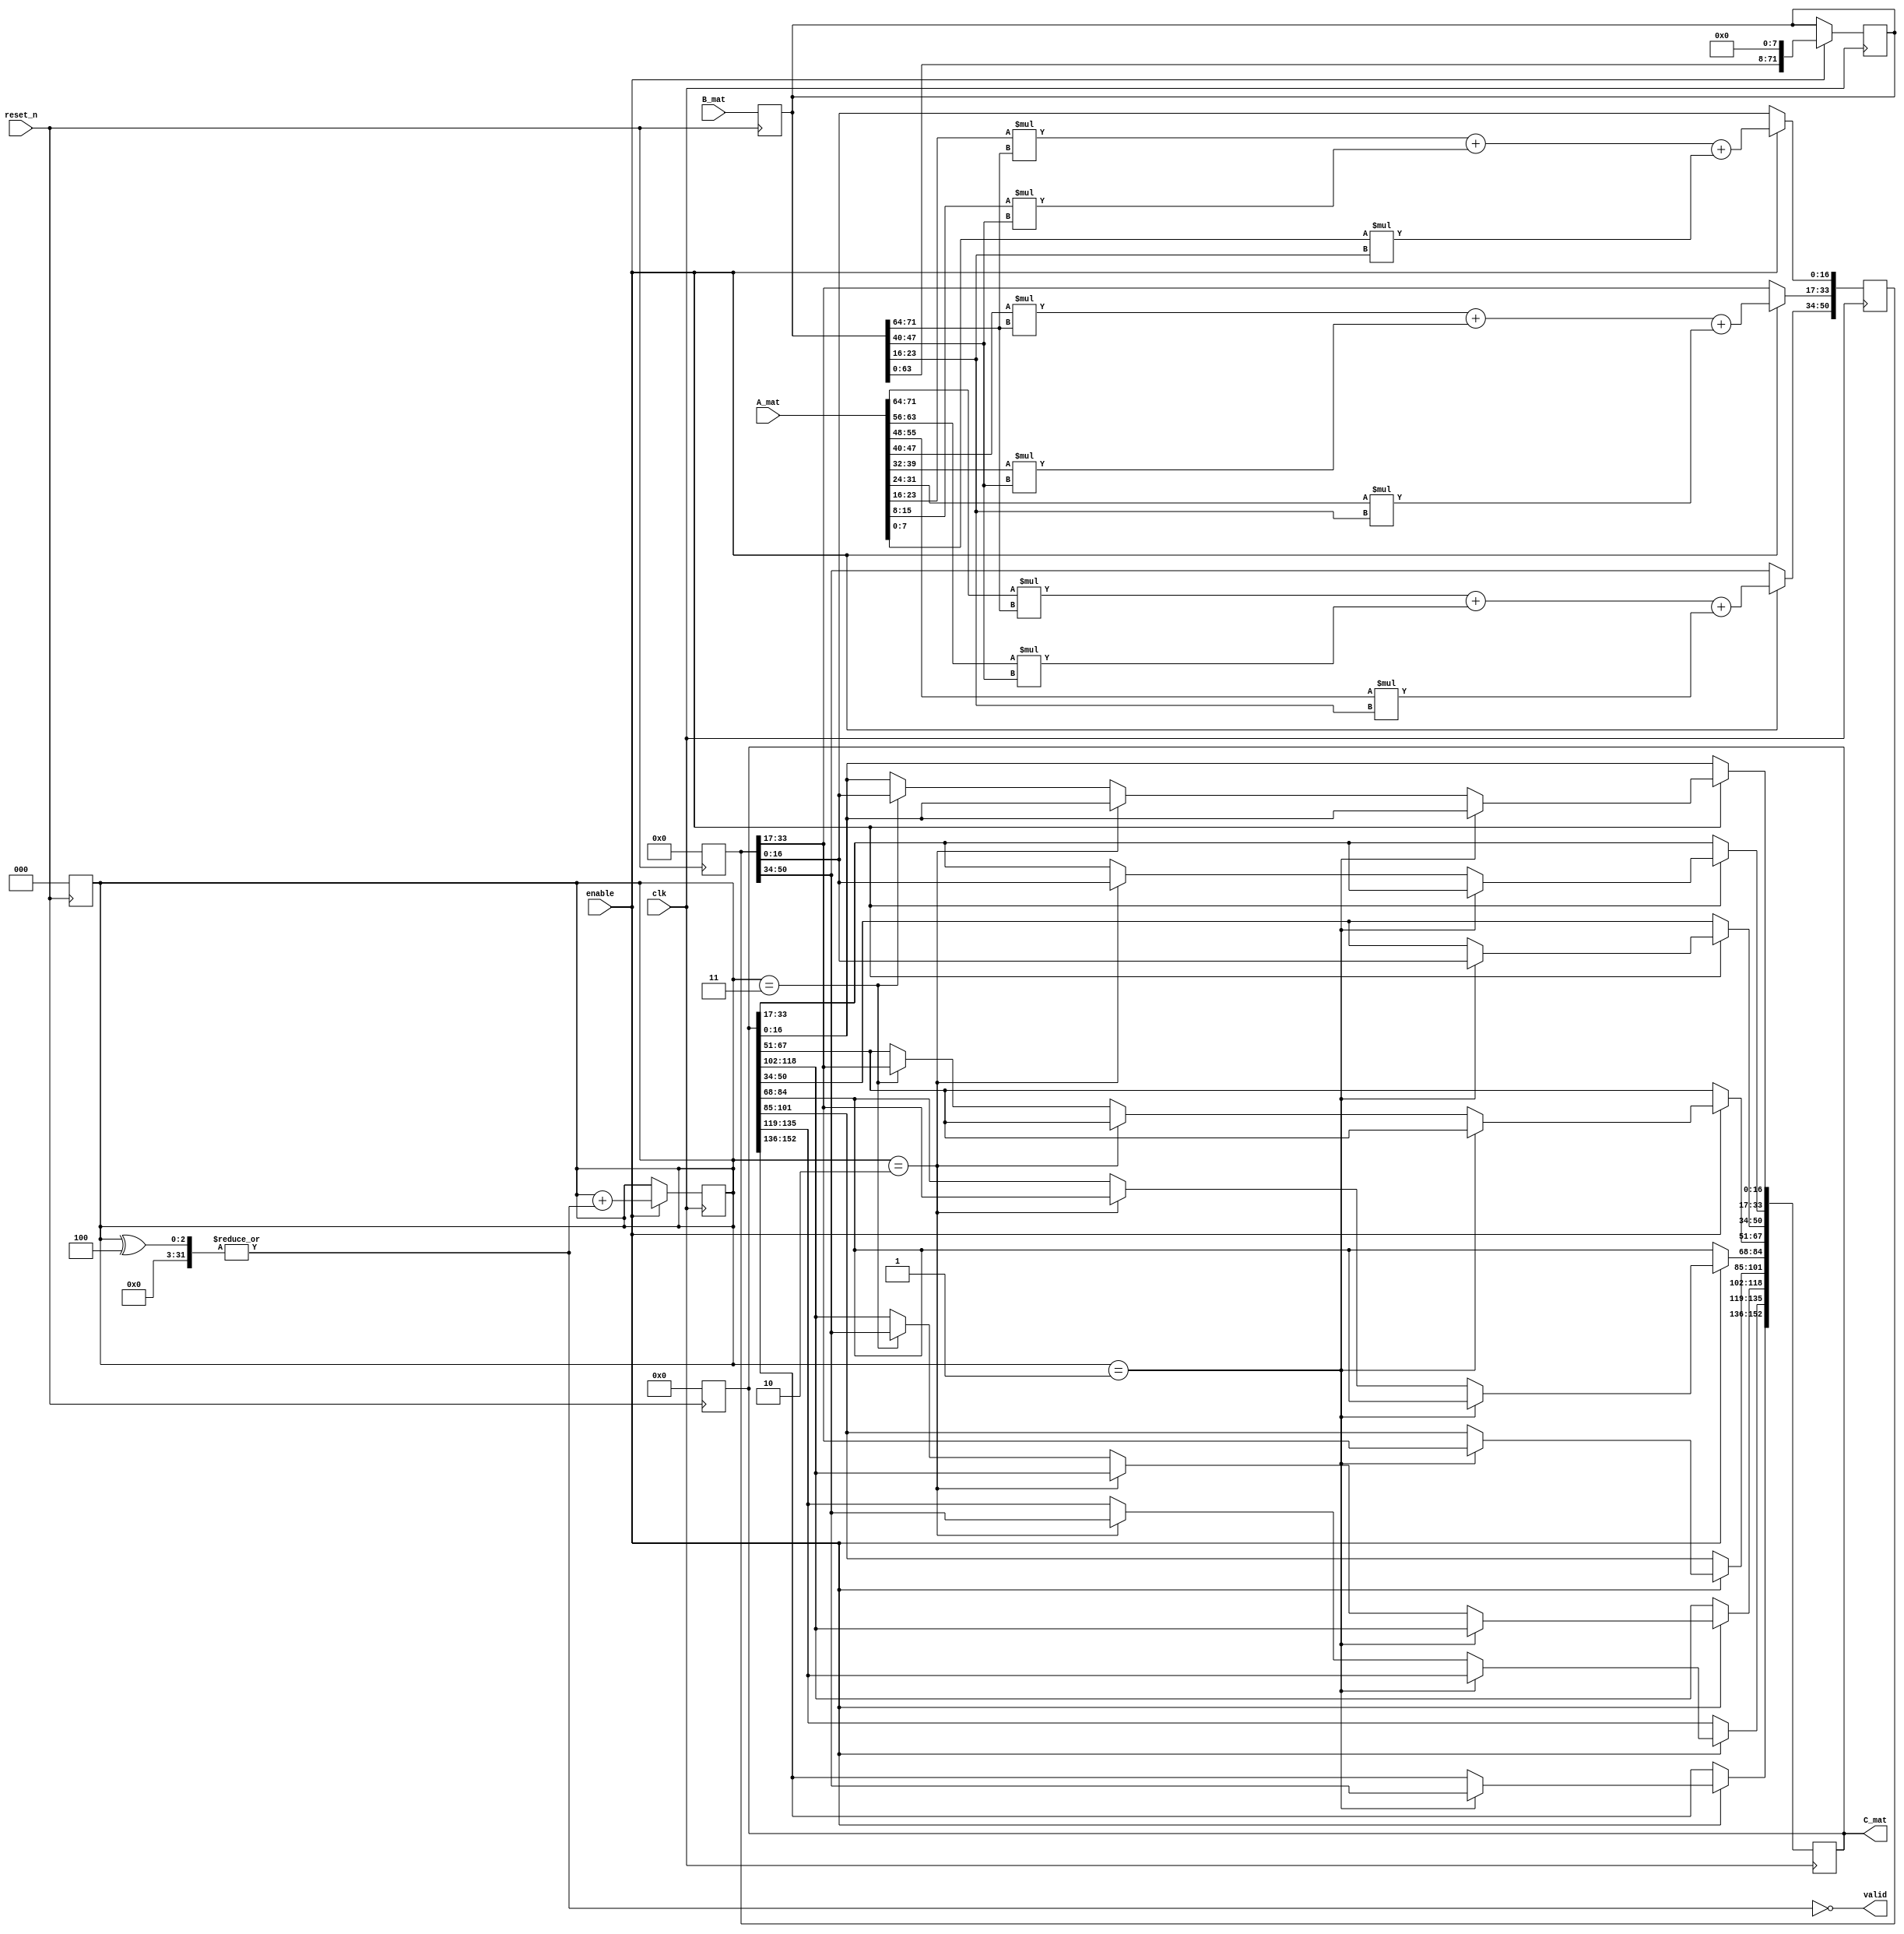
`timescale 1ns / 1ps
//////////////////////////////////////////////////////////////////////////////////
// Company: 
// Engineer: 
// 
// Design Name: 
// Module Name: mmult
// Project Name: 
// Target Devices: 
// Tool Versions: 
// Description: 
// 
// Dependencies: 
// 
// Revision:
// Revision 0.01 - File Created
// Additional Comments:
// 
//////////////////////////////////////////////////////////////////////////////////


module mmult(
    input clk,
    input reset_n,
    input enable,
    input [0:9*8-1] A_mat,
    input [0:9*8-1] B_mat,
    output valid,
    output reg [0:9*17-1] C_mat
    );

reg [0:3*17-1] prodmatr;
reg [0:9*8-1] secondmatr;
wire [0:7] row1element;
wire [0:7] row2element;
wire [0:7] row3element;
assign row1element = secondmatr[0:7];
assign row2element = secondmatr[24:31];
assign row3element = secondmatr[48:55];
reg [2:0] counter;
wire shift; 
assign shift = |(counter^4);
assign valid = ~shift;
always @(negedge reset_n) begin
    secondmatr <= B_mat;
    prodmatr <= 0;
    counter <= 0;
    C_mat <= 0;
end
always @(posedge clk) begin
    if(enable) begin
        prodmatr[0:16] <= A_mat[0:7] * row1element + A_mat[8:15] * row2element + A_mat[16:23] * row3element ;
        prodmatr[17:33] <= A_mat[24:31] * row1element + A_mat[32:39] * row2element + A_mat[40:47] * row3element ;
        prodmatr[34:50] <= A_mat[48:55] * row1element + A_mat[56:63] * row2element + A_mat[64:71] * row3element ;
        counter <= counter + shift;
        secondmatr <= secondmatr << 8;
        if(counter==1)
            begin
                C_mat[0:16] <= prodmatr[0:16];
                C_mat[51:67] <= prodmatr[17:33];
                C_mat[102:118] <= prodmatr[34:50];
            end
        else if(counter==2)
            begin
                C_mat[17:33] <= prodmatr[0:16];
                C_mat[68:84] <= prodmatr[17:33];
                C_mat[119:135] <= prodmatr[34:50];
            end
        else if(counter==3)
            begin
                C_mat[34:50] <= prodmatr[0:16];
                C_mat[85:101] <= prodmatr[17:33];
                C_mat[136:152] <= prodmatr[34:50];
            end
        else begin end
    end
end

endmodule